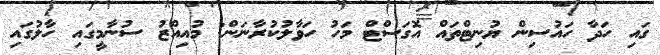
ގައި ހަދާ ހައުސިން ޔުނިޓްތައް އޮގަސްޓް މަހު ހަވާލުކުރާނަން: މުއިއްޒު ސުނާމީގައި ހާލުގައި